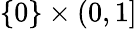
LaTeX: \{ 0\} \times(0,1]